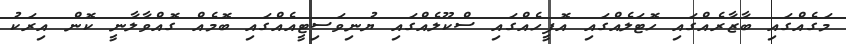
މަގެއްގައި ބާޒާރެއްގައި ހޮޓަލެއްގައި އޮފީހެއްގައި ސްކޫލެއްގައި ޔުނިވަސިޓީއެއްގައި ބޮމެއް ގޮއްވާލާނީ ކޮން އިރަކު